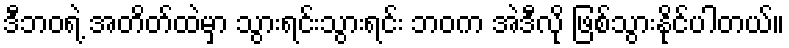
ဒီဘဝရဲ့ အတိတ်ထဲမှာ သွားရင်းသွားရင်း ဘဝက အဲဒီလို ဖြစ်သွားနိုင်ပါတယ်။